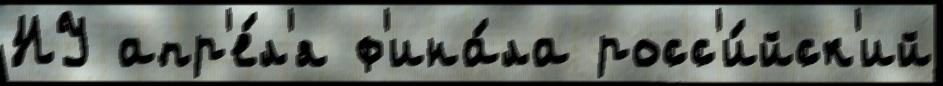
НУ апр'е́л'я ф'ина́ла росс'и́йск'ий